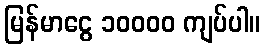
မြန်မာငွေ ၁၀၀၀၀ ကျပ်ပါ။